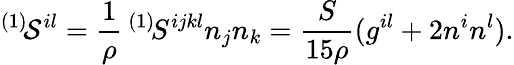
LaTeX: ^{(1)}\! {\cal S}^{il}=\frac 1\rho\, ^{(1)}\! S^{ijkl}n_{j}n_{k}=\frac{S}{15\rho}(g^{il}+2n^{i}n^{l}).